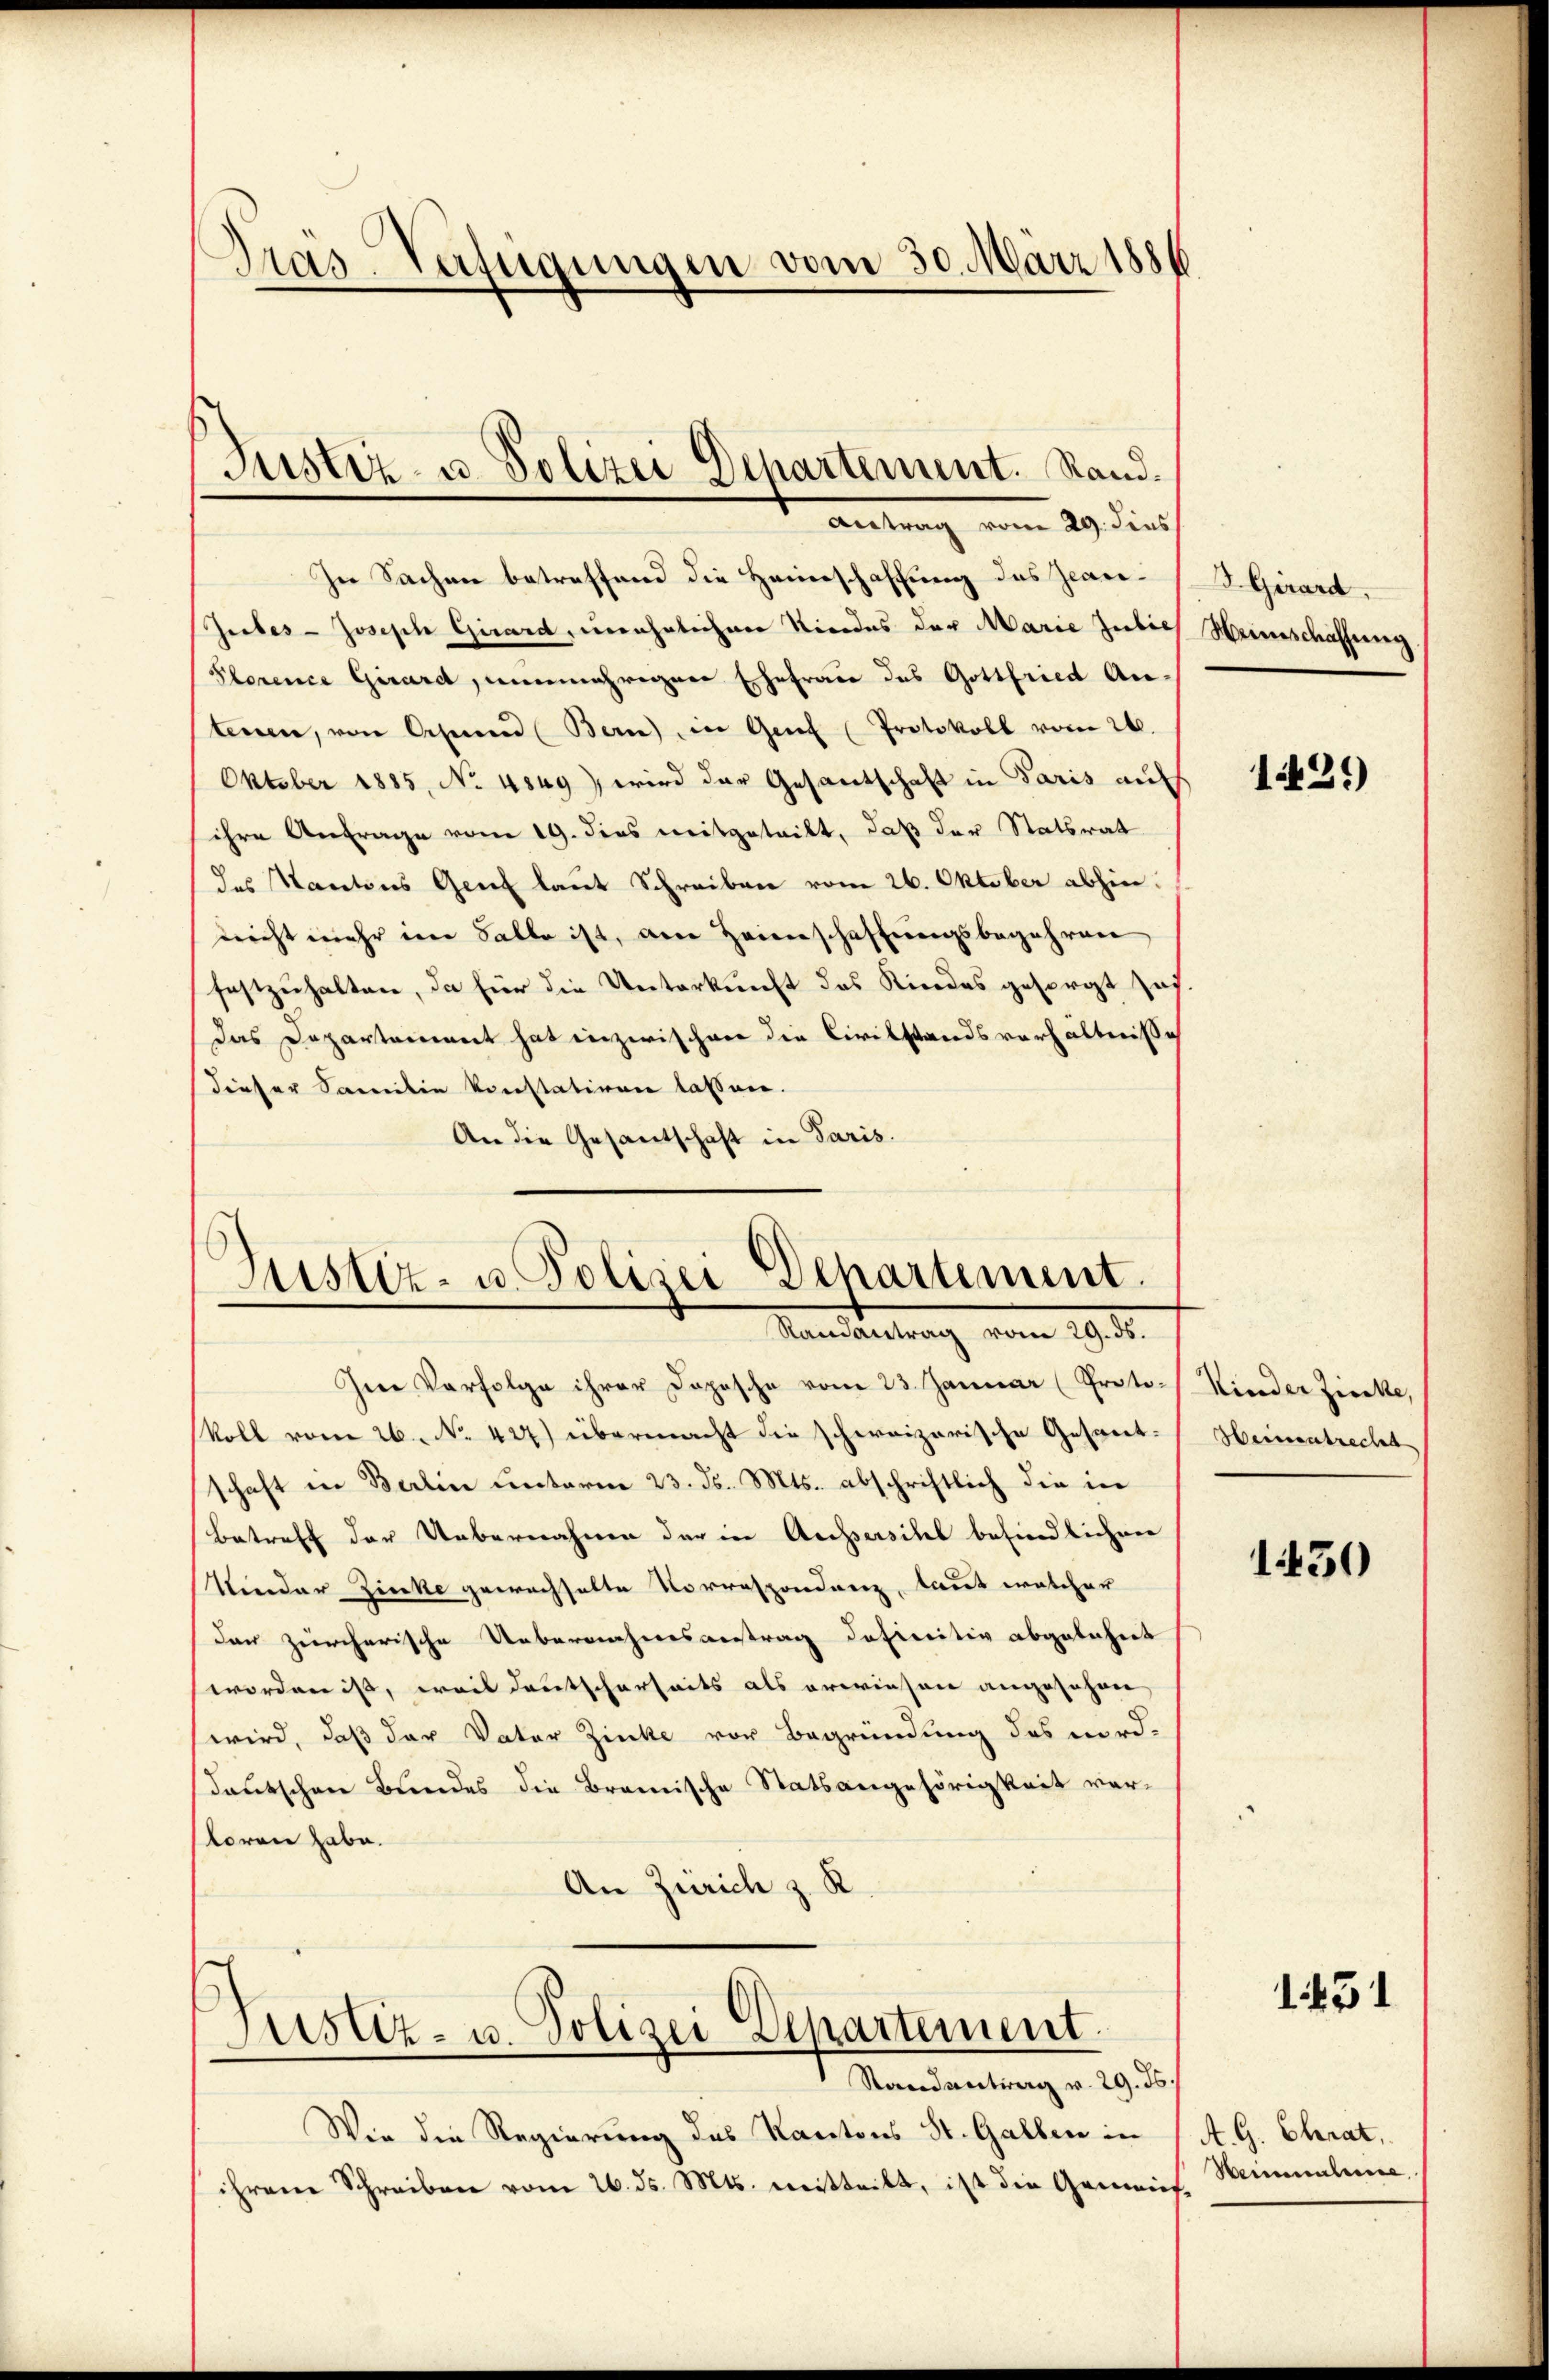
Pras-Verfügungen vom 30. März 1886

In Sachen betreffend die Heimschaffung des Jean¬
Giebes Joseph Girard, unehelichener Niedes der Marie Julich Heimschaffung
Slorence Girard, nunmehrigen Ehefrau des Gottfried Anteren, von Oesenend (Bern) in Genf (Protokoll vom 26.
Oktober 1885, No 4849) wird der Gesantschaft in Paris auf
ihre Anfrage vom 19. dies mitgeteilt, daß der Statsrat
des Kantons Genf laut Schreiben vom 26. Oktober abhin:
leicht mehr im Falle ist, an Heimschaffungsbegehren,
festzuhalten, da für die Unterkunft des Kindes gesorgt zahdas Departement hat inzwischer die Civilstandsverhältnisse
dieser Familie konstativen lassen.
An die Gesantschaft in Paris.

Justiz- u. Polizei Departement. Stand.
antrag vom 29. dies

Justiz- u. Polizei Departement.
Mandantrag vom 19. 4.

In Verfolge ihrer Dopische vom 23. Januar (Proto-
Roll vom 26. No. 427) übermacht die schweizerische Gesantschaft in Berlin Lentarie 23. ds. Mts. abschriftlich die in
Betreff der Uebernahmen der in Achsersihl befindlichen
Vieder Zinke gewachhalte Vorrespondenz, laut welcher
der zürcherische Uebernahmesantrag definitiv abgelehret
worden ist, weil deutscherseits als erwiesen angeschen
wird, daß der Vater Zirke vor Begründung des nord-
sdeutschen Bundes die Bramische Statsangehörigkeit vertoren habe.
An Zürich z. R.
Justiz- u. Polizei Departement.
Randantrag v. 29. ds.
Wir die Regierung des Kantons St. Gallen in
ihrem Schreiben vom 26. ds. Mts. mitteilt, ist die Gemeins¬

B. Girard

1429)

Kinder Ziecke,
Heinenbrecht

1430

151

A. G. Chrat,
Heimaterie